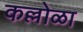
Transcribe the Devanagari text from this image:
कल्लोळा